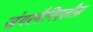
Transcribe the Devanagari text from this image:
जंगरमैनिएलीज़